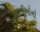
ભાઈઓનો